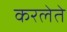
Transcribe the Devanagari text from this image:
करलेते